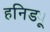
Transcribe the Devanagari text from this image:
हनिड्यू